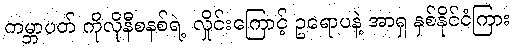
ကမ္ဘာပတ် ကိုလိုနီစနစ်ရဲ့ လှိုင်းကြောင့် ဥရောပနဲ့ အာရှ နှစ်နိုင်ငံကြား